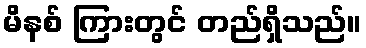
မိနစ် ကြားတွင် တည်ရှိသည်။